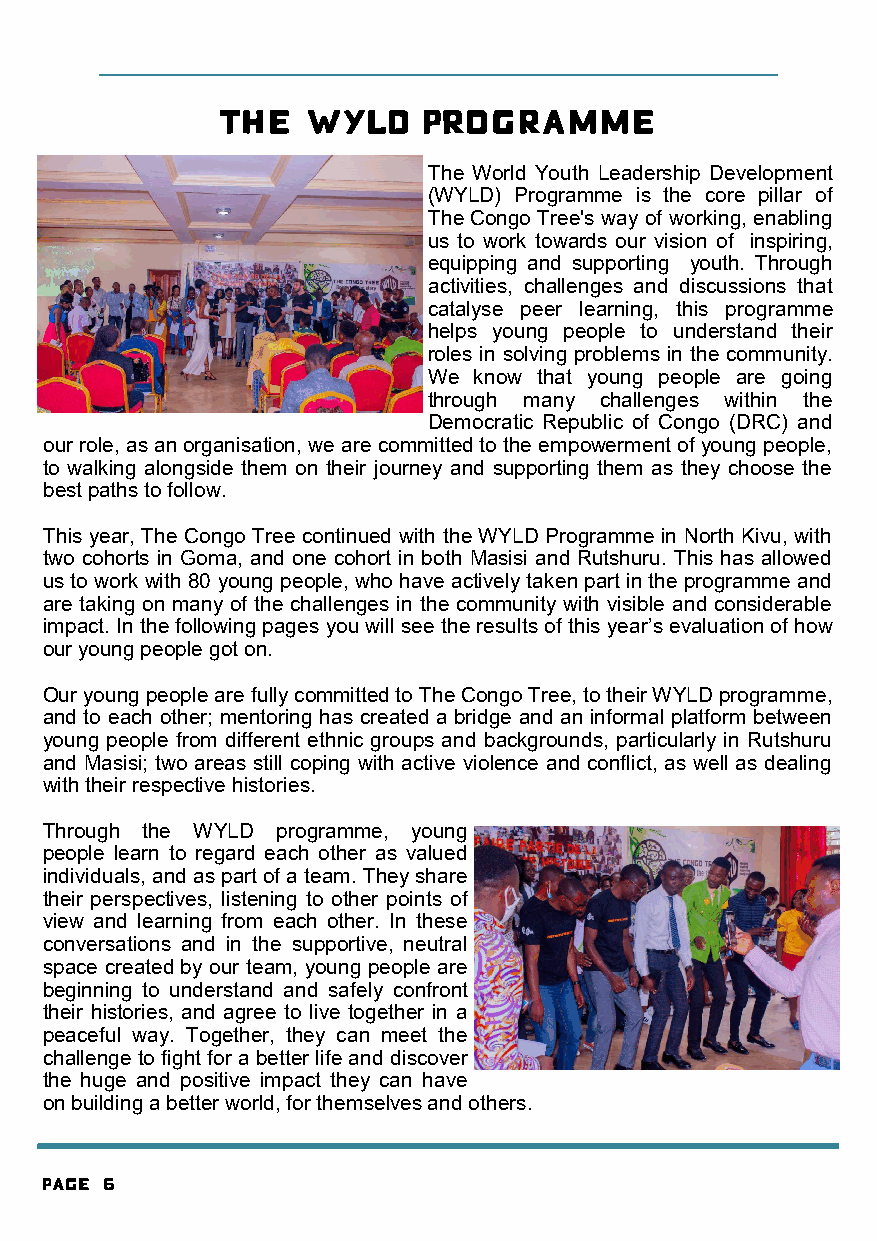
The World Youth Leadership Development
 (WYLD) Programme is the core pillar of
 The Congo Tree's way of working, enabling
 us to work towards our vision of inspiring,
 equipping and supporting youth. Through
 activities, challenges and discussions that
 catalyse peer learning, this programme
 helps young people to understand their
 roles in solving problems in the community.
 We know that young people are going
 through many challenges within the
 Democratic Republic of Congo (DRC) and
 our role, as an organisation, we are committed to the empowerment of young people,
 to walking alongside them on their journey and supporting them as they choose the
 best paths to follow.
 This year, The Congo Tree continued with the WYLD Programme in North Kivu, with
 two cohorts in Goma, and one cohort in both Masisi and Rutshuru. This has allowed
 us to work with 80 young people, who have actively taken part in the programme and
 are taking on many of the challenges in the community with visible and considerable
 impact. In the following pages you will see the results of this year’s evaluation of how
 our young people got on.
 Our young people are fully committed to The Congo Tree, to their WYLD programme,
 and to each other; mentoring has created a bridge and an informal platform between
 young people from different ethnic groups and backgrounds, particularly in Rutshuru
 and Masisi; two areas still coping with active violence and conflict, as well as dealing
 with their respective histories.
 Through the WYLD programme, young
 people learn to regard each other as valued
 individuals, and as part of a team. They share
 their perspectives, listening to other points of
 view and learning from each other. In these
 conversations and in the supportive, neutral
 space created by our team, young people are
 beginning to understand and safely confront
 their histories, and agree to live together in a
 peaceful way. Together, they can meet the
 challenge to fight for a better life and discover
 the huge and positive impact they can have
 on building a better world, for themselves and others.
 Page 6